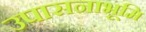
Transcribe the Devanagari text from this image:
उपासनाभूमि